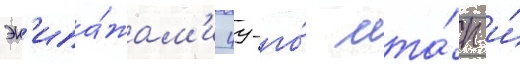
эк'ипа́жам'и 49-го́ мта́п и́